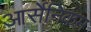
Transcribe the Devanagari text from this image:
आर्सेनिकम